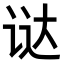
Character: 𬣵